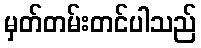
မှတ်တမ်းတင်ပါသည်